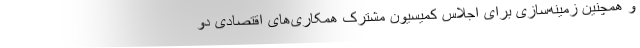
و همچنین زمینه‌سازی برای اجلاس کمیسیون مشترک همکاری‌های اقتصادی دو